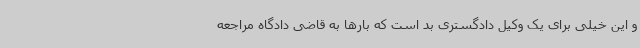
و این خیلی برای یک وکیل دادگستری بد است که بارها به قاضی دادگاه مراجعه